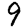
Digit: 9